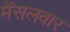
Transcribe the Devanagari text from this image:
मेंसलवार